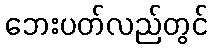
ဘေးပတ်လည်တွင်